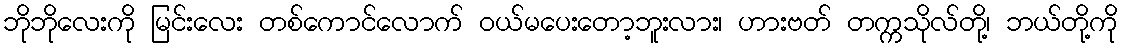
ဘိုဘိုလေးကို မြင်းလေး တစ်ကောင်လောက် ဝယ်မပေးတော့ဘူးလား၊ ဟားဗတ် တက္ကသိုလ်တို့၊ ဘယ်တို့ကို